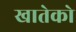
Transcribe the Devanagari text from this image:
खातेको